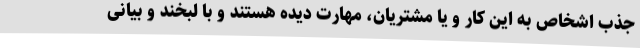
جذب اشخاص به این کار و یا مشتریان، مهارت دیده هستند و با لبخند و بیانی